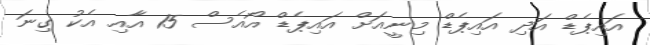
އައިޕެޑް އަދި އައިޕެޑް މިނީއަށް އައިޕެޑް އޯއެސް 15 އާއި އެކު ގިނަ